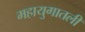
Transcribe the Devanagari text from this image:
महायुगातली